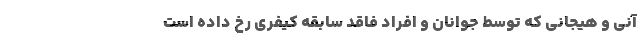
آنی و هیجانی که توسط جوانان و افراد فاقد سابقه کیفری رخ داده است